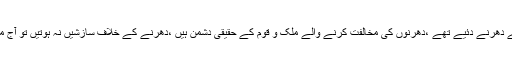
انہوں نے کہا کہ عوامی حقوق کیلئے دھرنے دئیے تھے ،دھرنوں کی مخالفت کرنے والے ملک و قوم کے حقیقی دشمن ہیں ،دھرنے کے خلاف سازشیں نہ ہوتیں تو آج ملک و قوم کی تقدیر بدل چکی ہوتی ۔